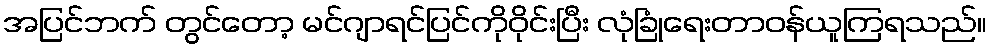
အပြင်ဘက် တွင်တော့ မင်ဂျာရင်ပြင်ကိုဝိုင်းပြီး လုံခြုံရေးတာဝန်ယူကြရသည်။